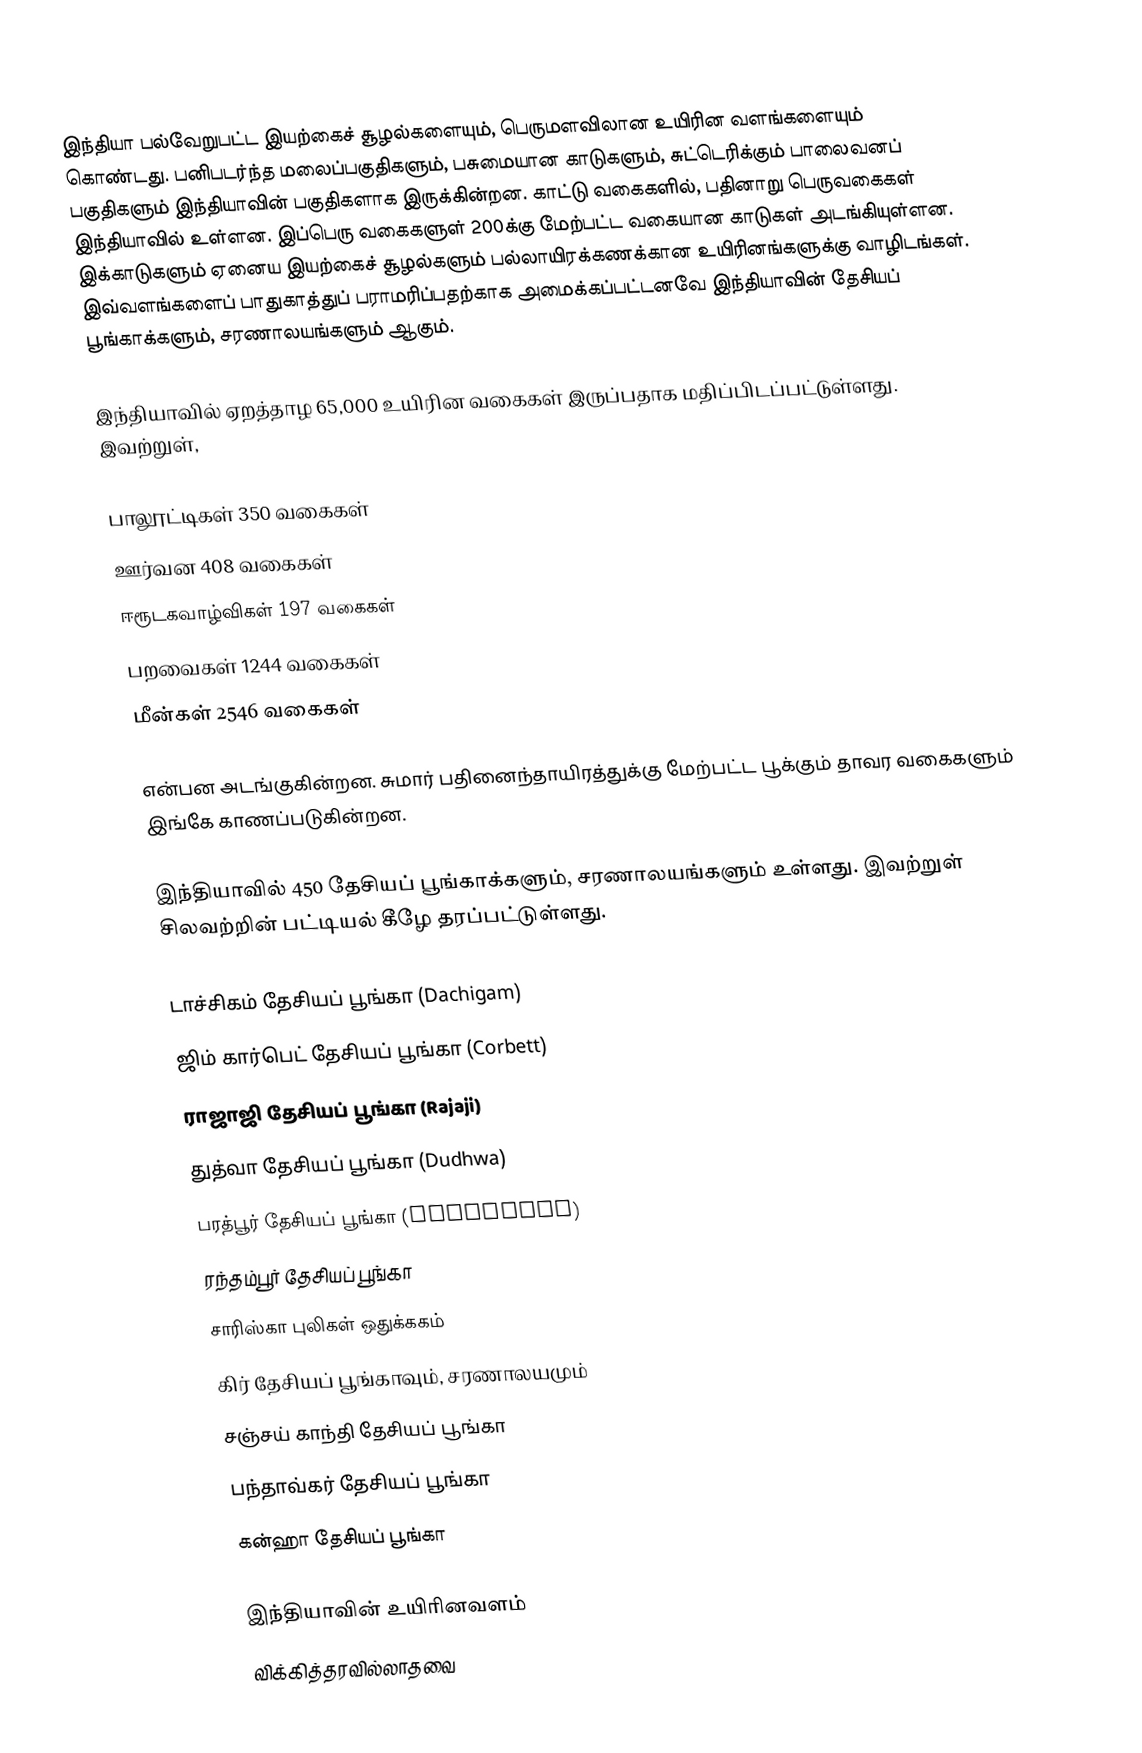
இந்தியா பல்வேறுபட்ட இயற்கைச் சூழல்களையும், பெருமளவிலான உயிரின வளங்களையும் கொண்டது. பனிபடர்ந்த மலைப்பகுதிகளும், பசுமையான காடுகளும், சுட்டெரிக்கும் பாலைவனப் பகுதிகளும் இந்தியாவின் பகுதிகளாக இருக்கின்றன. காட்டு வகைகளில், பதினாறு பெருவகைகள் இந்தியாவில் உள்ளன. இப்பெரு வகைகளுள் 200க்கு மேற்பட்ட வகையான காடுகள் அடங்கியுள்ளன. இக்காடுகளும் ஏனைய இயற்கைச் சூழல்களும் பல்லாயிரக்கணக்கான உயிரினங்களுக்கு வாழிடங்கள். இவ்வளங்களைப் பாதுகாத்துப் பராமரிப்பதற்காக அமைக்கப்பட்டனவே இந்தியாவின் தேசியப் பூங்காக்களும், சரணாலயங்களும் ஆகும்.

இந்தியாவில் ஏறத்தாழ 65,000 உயிரின வகைகள் இருப்பதாக மதிப்பிடப்பட்டுள்ளது. இவற்றுள்,

 பாலூட்டிகள் 350 வகைகள்
 ஊர்வன 408 வகைகள்
 ஈரூடகவாழ்விகள் 197 வகைகள்
 பறவைகள் 1244 வகைகள்
 மீன்கள் 2546 வகைகள்

என்பன அடங்குகின்றன. சுமார் பதினைந்தாயிரத்துக்கு மேற்பட்ட பூக்கும் தாவர வகைகளும் இங்கே காணப்படுகின்றன.

இந்தியாவில் 450 தேசியப் பூங்காக்களும், சரணாலயங்களும் உள்ளது. இவற்றுள் சிலவற்றின் பட்டியல் கீழே தரப்பட்டுள்ளது.

 டாச்சிகம் தேசியப் பூங்கா (Dachigam)
 ஜிம் கார்பெட் தேசியப் பூங்கா (Corbett)
 ராஜாஜி தேசியப் பூங்கா (Rajaji)
 துத்வா தேசியப் பூங்கா (Dudhwa)
 பரத்பூர் தேசியப் பூங்கா (Bharatpur)
 ரந்தம்பூர் தேசியப் பூங்கா
 சாரிஸ்கா புலிகள் ஒதுக்ககம்
 கிர் தேசியப் பூங்காவும், சரணாலயமும்
 சஞ்சய் காந்தி தேசியப் பூங்கா
 பந்தாவ்கர் தேசியப் பூங்கா
 கன்ஹா தேசியப் பூங்கா

இந்தியாவின் உயிரினவளம்
விக்கித்தரவில்லாதவை